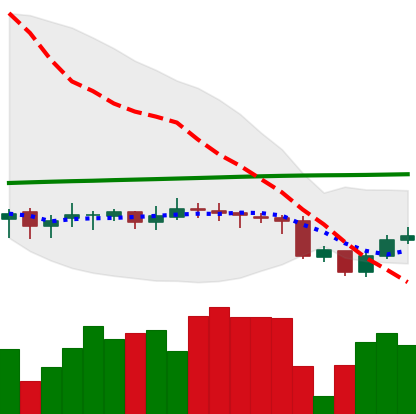
Ticker: DOGE-USD
Chart end date: 2020-09-26
Forward return: -3.682%
Label: down_3_5